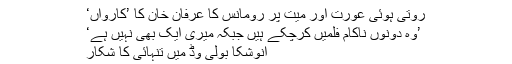
روتی ہوئی عورت اور میت پر رومانس کا عرفان خان کا ’کارواں‘
’وہ دونوں ناکام فلمیں کرچکے ہیں جبکہ میری ایک بھی نہیں ہے‘
انوشکا بولی وڈ میں تنہائی کا شکار